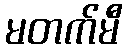
မတက်မီ